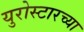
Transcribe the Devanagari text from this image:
युरोस्टारच्या